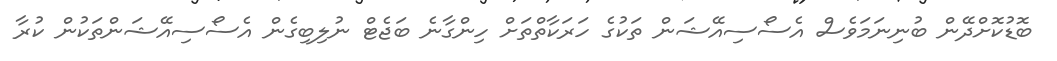
ބޮޑުކޮށްދޭން ބުނިނަމަވެސް އެސޯސިއޭޝަން ތަކުގެ ހަރަކާތްތަށް ހިންގާނެ ބަޖެޓް ނުލިބިގެން އެސޯސިއޭޝަންތަކުން ކުރާ